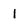
Character: 1